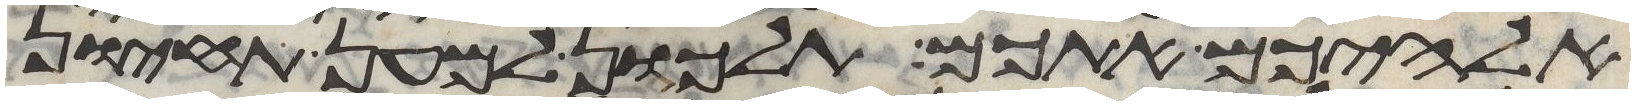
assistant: אלהיכם אתכם תלכון למען תחיון